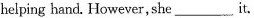
helping hand. However,she___ it.